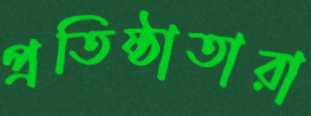
প্রতিষ্ঠাতারা